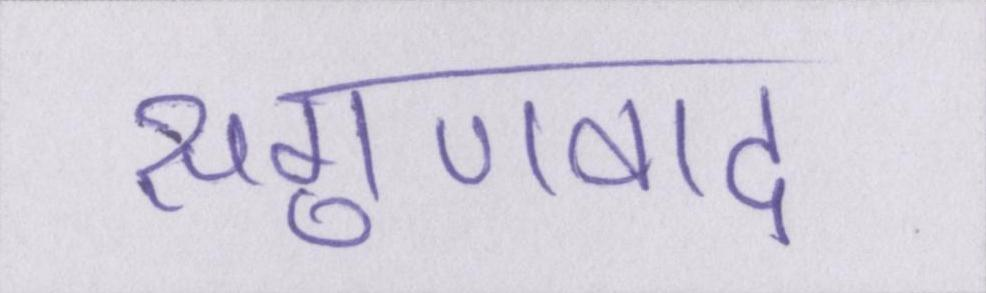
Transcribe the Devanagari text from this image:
सगुणवाद